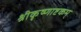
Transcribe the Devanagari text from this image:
श्रीकृष्णाष्टकम्‌